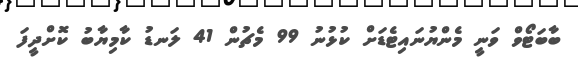
ބާބަޓޯވް ވަނީ މެންޔުނައިޓެޑަށް ކުޅުނު 99 މެޗުން 41 ލަނޑު ކާމިޔާބު ކޮށްދީފަ